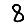
Digit: 8